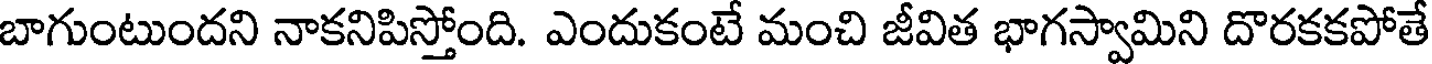
బాగుంటుందని నాకనిపిస్తోంది. ఎందుకంటే మంచి జీవిత భాగస్వామిని దొరకకపోతే